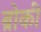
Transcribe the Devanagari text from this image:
ब्रोकी